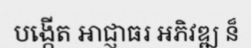
បង្កើត អាជ្ញាធរ អភិវឌ្ឍ ន៏